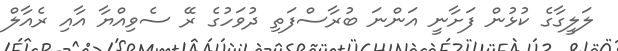
ލަލީގާގެ ކުޅުން ފަށާނީ އަންނަ ބުރާސްފަތި ދުވަހުގެ ރޭ ސެވިއްޔާ އާއި ރެއާލް